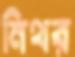
নিথর